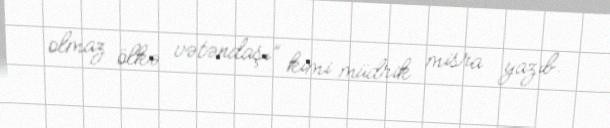
olmaz ölkə vətəndaşı” kimi müdrik misra yazıb.